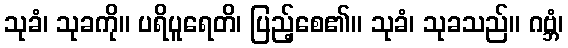
သုခံ၊ သုခကို။ ပရိပူရေတိ၊ ပြည့်စေ၏။ သုခံ၊ သုခသည်။ ဂဗ္ဘံ၊